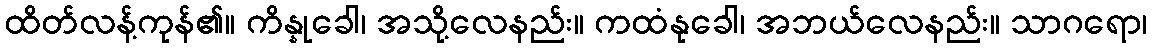
ထိတ်လန့်ကုန်၏။ ကိန္နုခေါ၊ အသို့လေနည်း။ ကထံနုခေါ၊ အဘယ်လေနည်း။ သာဂရော၊